Leningradi_Edasi_toimetus, lk 40
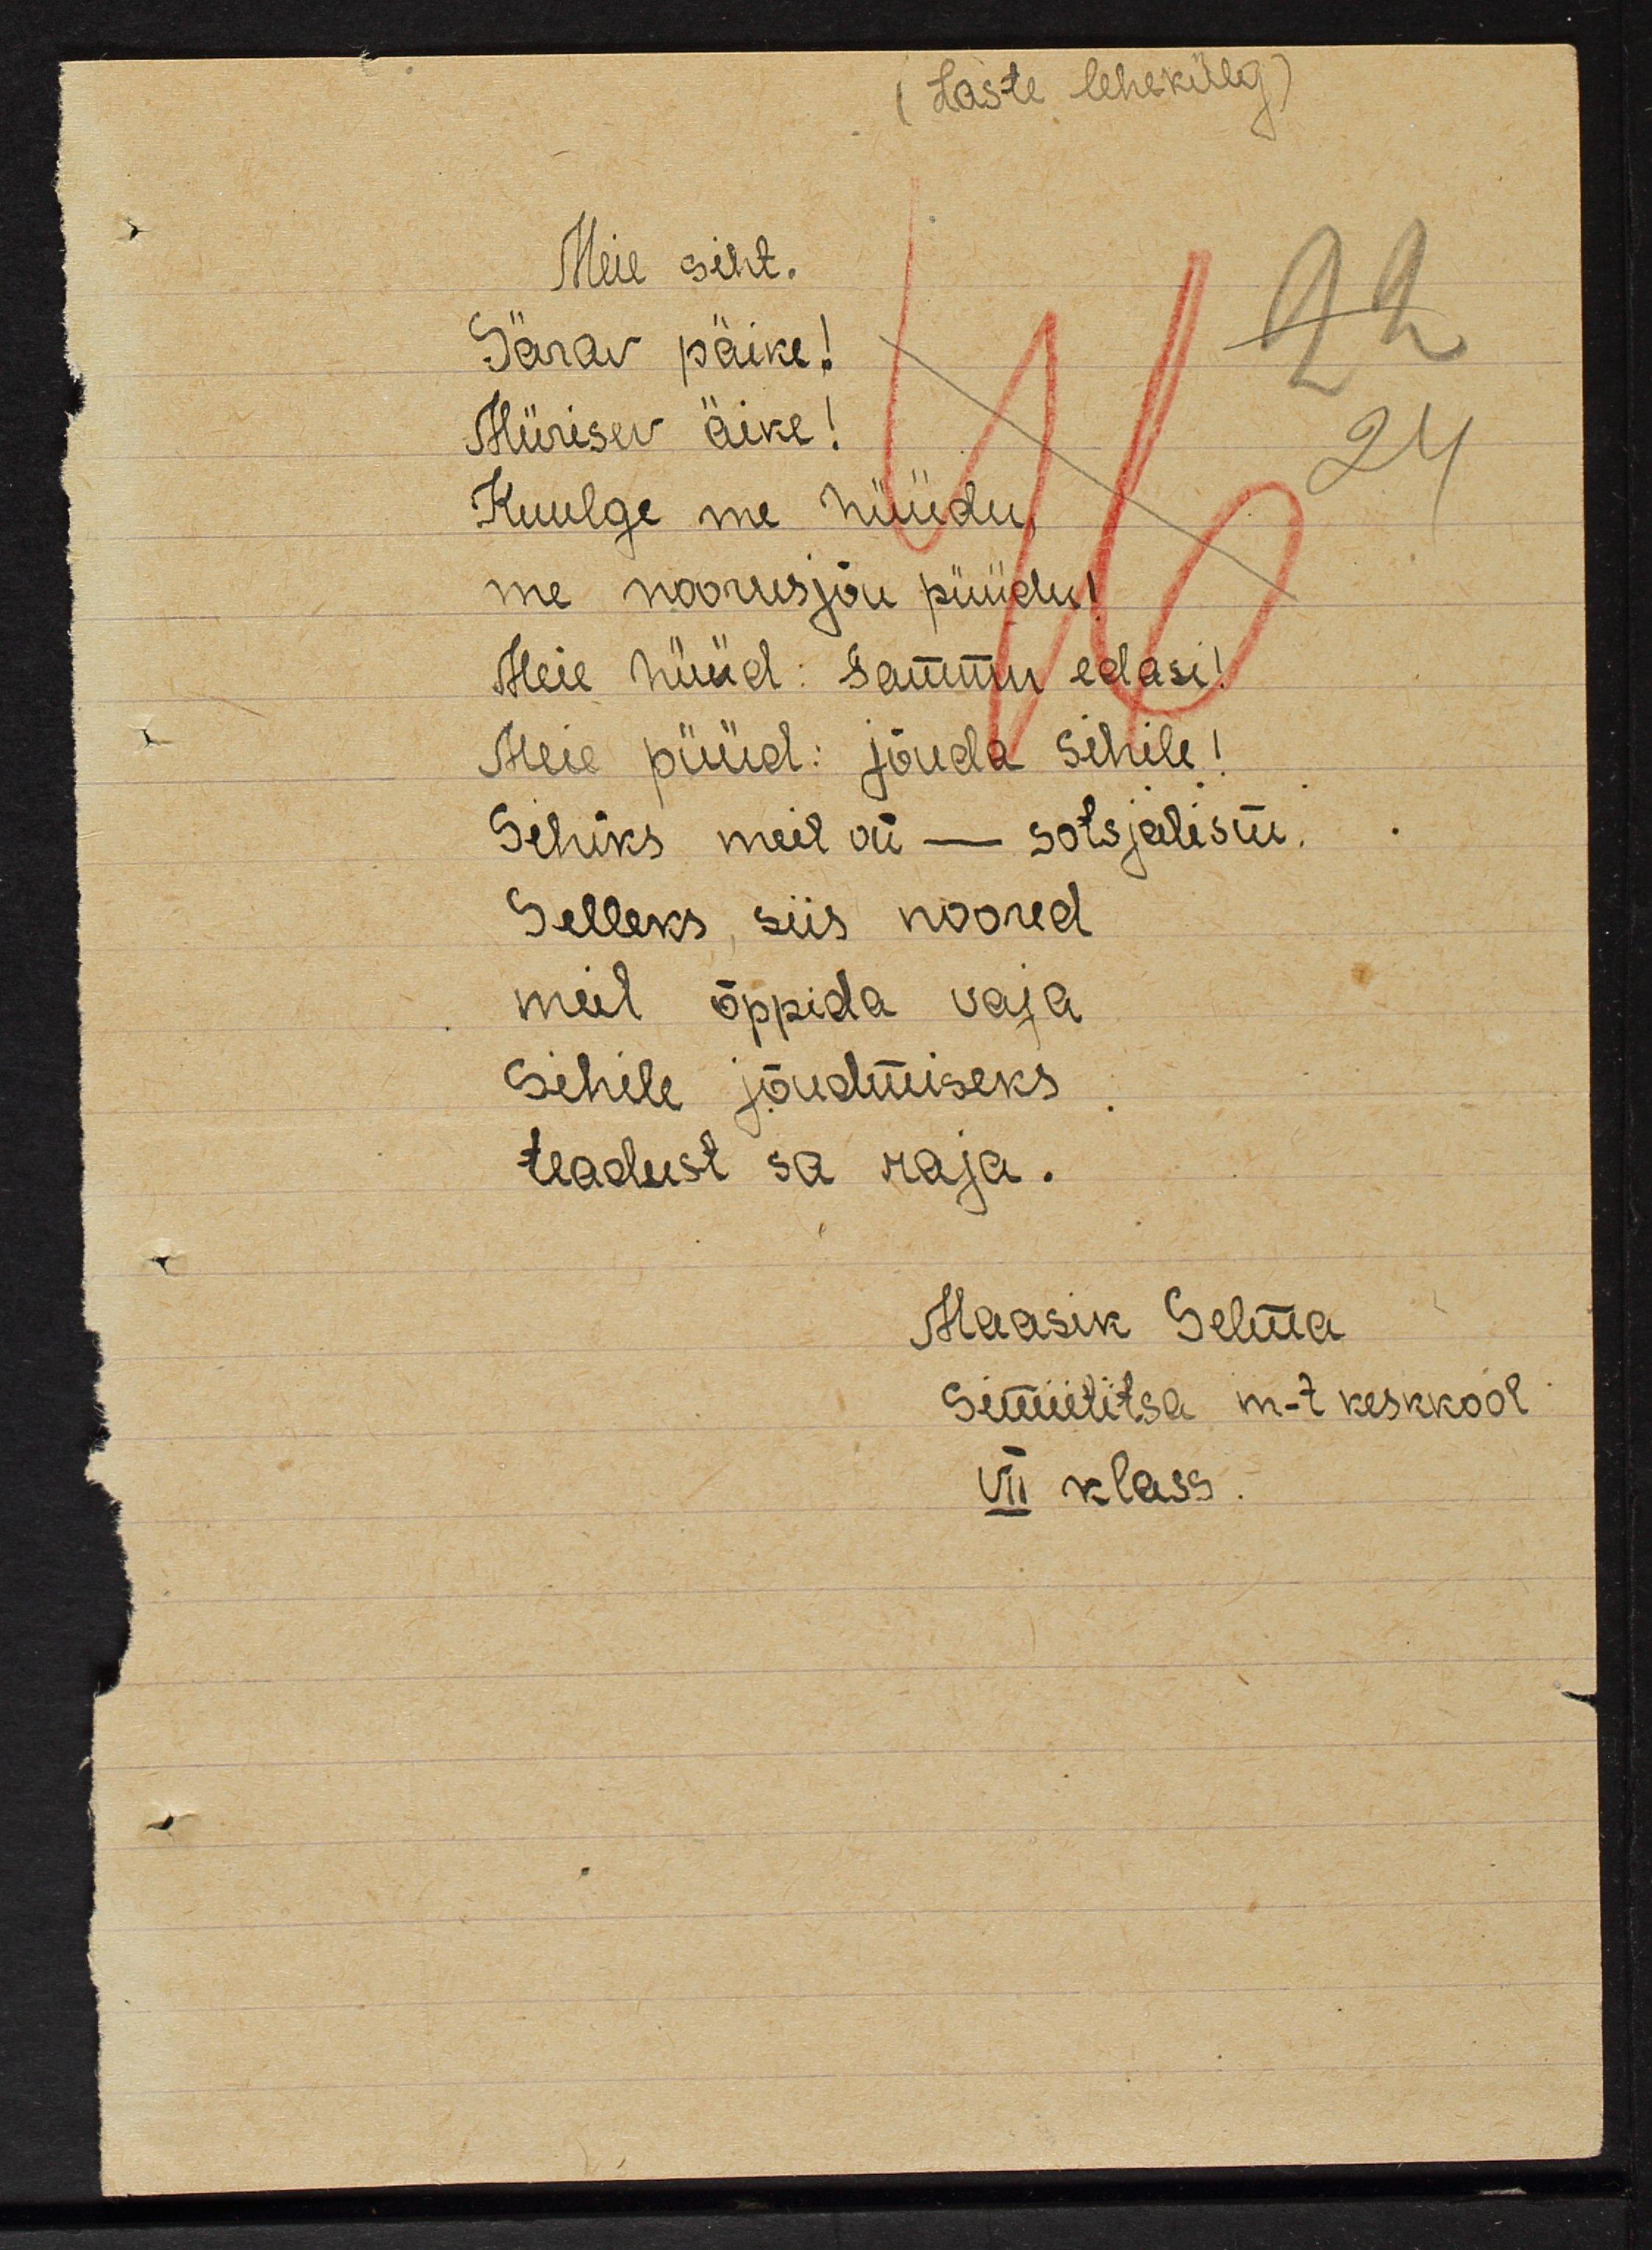
Laste lehekülg
Meie siht.
Särav päike!
Mürisev äike!
Kuulge me hüüdu,
me noorusjõu püüdu!
Meie hüüd: Sammu edasi!
Meie püüd: jõuda sihile!
Sihiks meile on - sotsjalism.
Selleks, siis noored
meil õppida vaja
Sihile jõudmiseks
teadust sa raja.
Maasik Selma
Simiititsa m-t keskkool
VII klass.